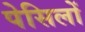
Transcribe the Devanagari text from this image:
पेसिलों